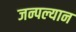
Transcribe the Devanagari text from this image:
जन्पल्यान